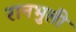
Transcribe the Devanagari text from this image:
रानभुली